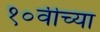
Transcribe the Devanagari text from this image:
१०वीच्या